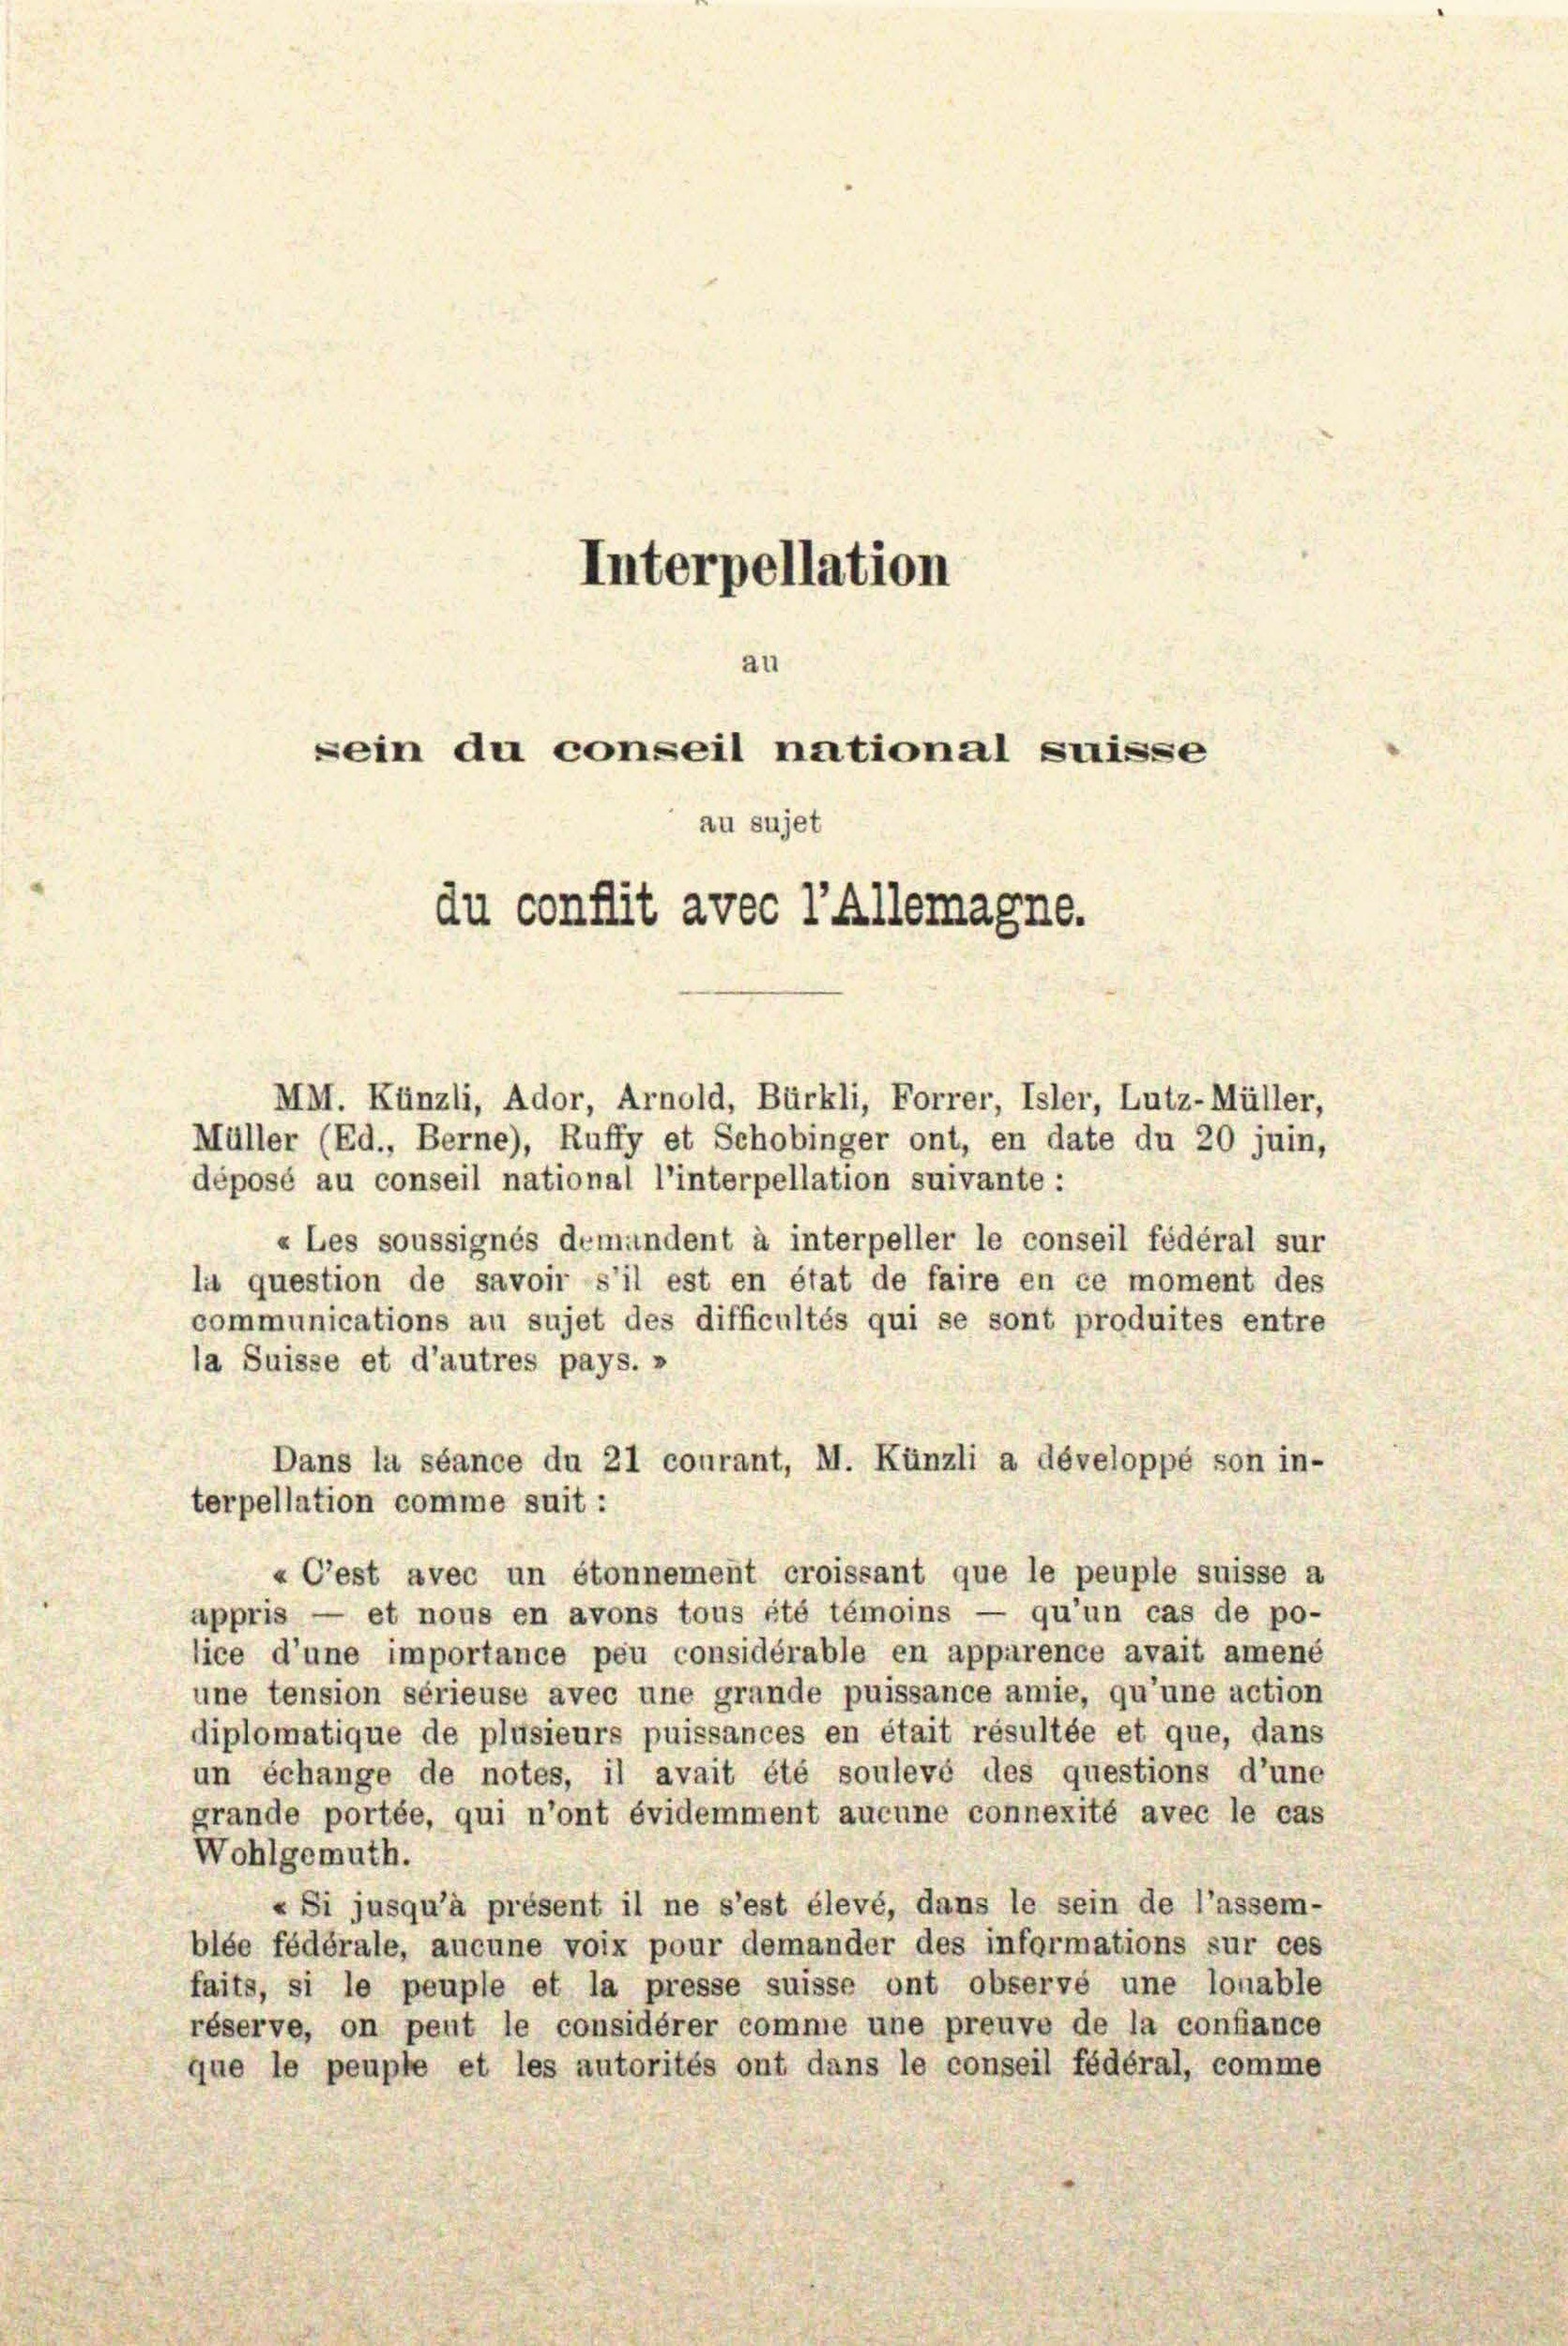
Interpellation

au
sein du conseil national suisse
au sujet
du conflit avec l’Allemagne.

MM. Künzli, Ador, Arnold, Bürkli, Forrer, Isler, Lutz-Müller,
Müller (Ed., Berne), Ruffy et Schobinger ont, en date du 20 juin,
déposé au conseil national l’interpellation suivante :
«Les soussignés demandent à interpeller le conseil fédéral sur
la question de savoir s’il est en état de faire en ce moment des
communications au sujet des difficultés qui se sont produites entre
la Suisse et d’autres pays. »
Dans la séance du 21 courant, M. Künzli a développé son in-
terpellation comme suit:
«C’est avec un étonnement croissant que le peuple suisse a
appris — et nous en avons tous été témoins — qu’un cas de po-
lice d’une importance peu considérable en apparence avait amené
une tension sérieuse avec une grande puissance amie, qu’une action
diplomatique de plusieurs puissances en était résultée et que, dans
un échange de notes, il avait été soulevé des questions d’une
grande portée, qui n’ont évidemment aucune connexité avec le cas
Wohlgemuth.
«Si jusqu’à présent il ne s’est élevé, dans le sein de l’assem-
blée fédérale, aucune voix pour demander des informations sur ces
faits, si le peuple et la presse suisse ont observé une lonable
réserve, on peut le considérer comme une preuve de la confiance
que le peupte et les autorités ont dans le conseil fédéral, comme